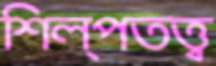
শিল্পতত্ত্ব